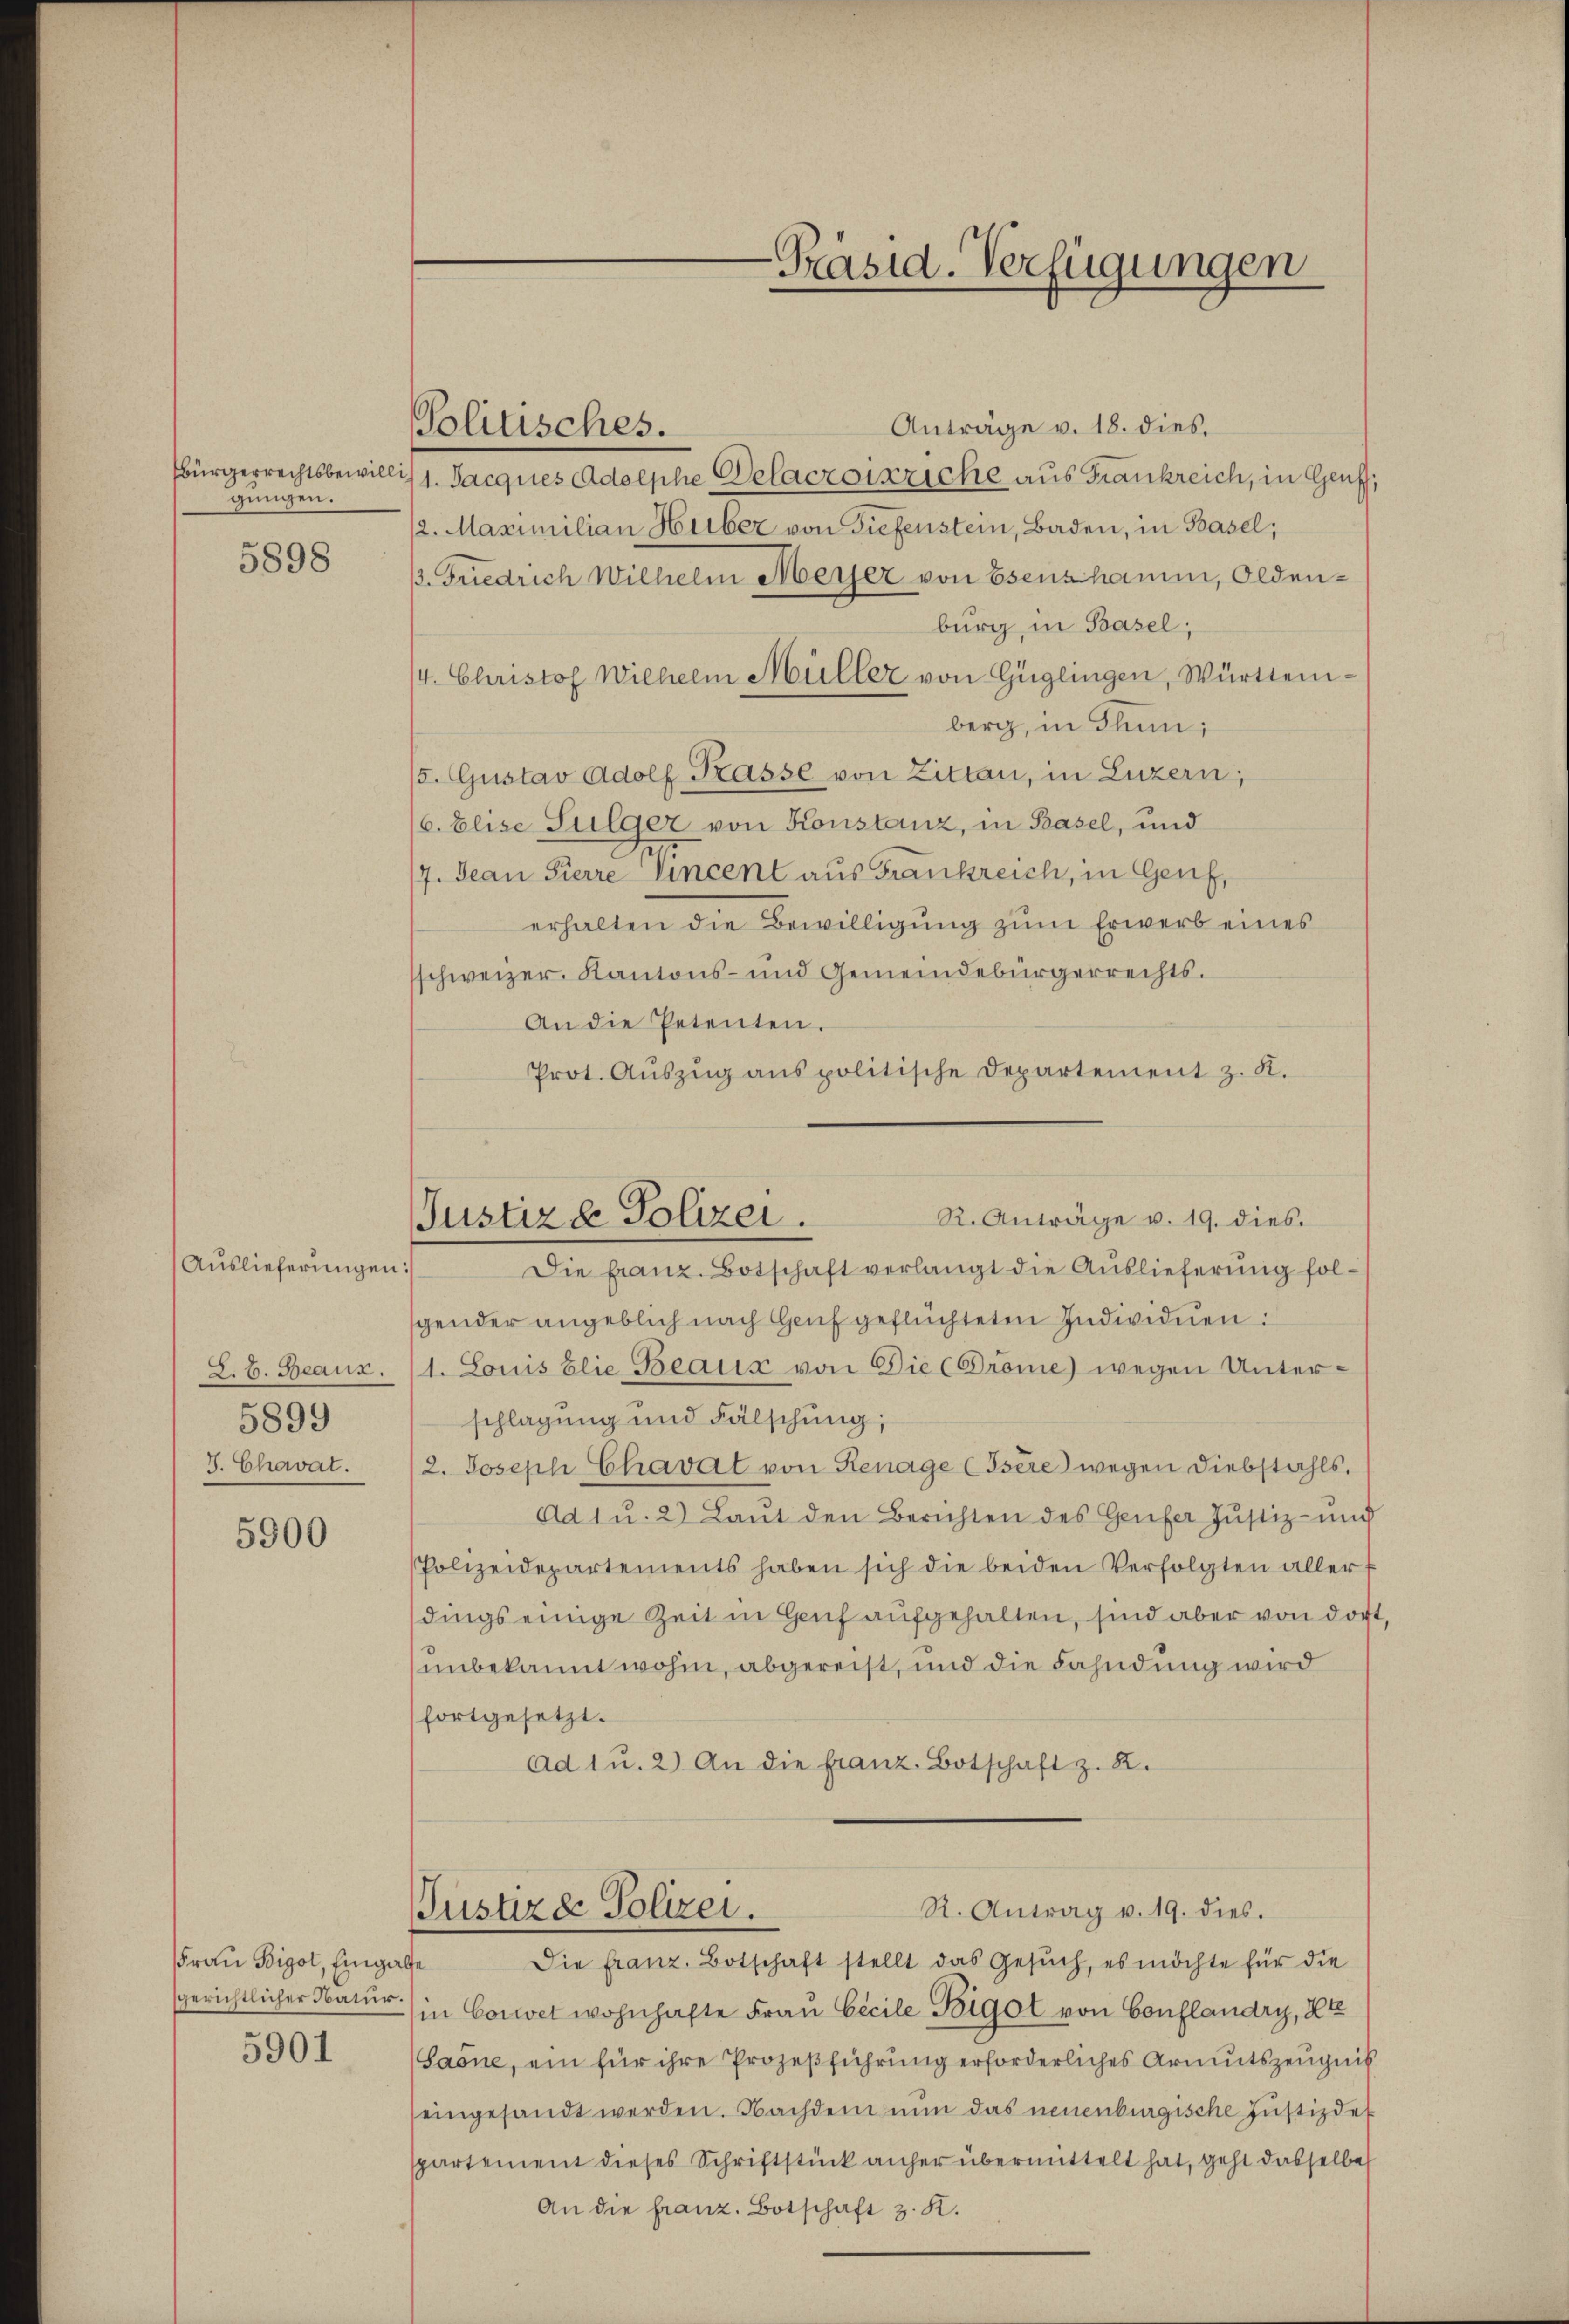
Bürgerrechtsbewilligungen.

5898

Auslieferungen:
Z. B. Beaux.
5899
J. Chavat.

5900

5901

Politisches.

-Präsid. Verfügungen

Anträge v. 18. dies
/1. Jacques Adolphe Delacroisriche aus Frankreich, in Genf,
/2. Maximilian Huber von Tiefenstein, Baden, in Basel,
B. Friedrich Wilhelm Meyer von Esenzhamm, Oldenburg, in Basel,
/4. Christof Wilhelm Müller von Güglingen, Württemberg, in Thun;
/5. Gustav Adolf Kasse von Zittan, in Luzern,
/6. Elise Sulger von Konstanz, in Basel, und
17. Jean Pierre Vincent aus Frankreich, in Genf,
erhalten die Bewilligung zum Erwerb eines
sschweizer. Kantons- und Gemeindebürgerrechts¬
An die Petenten.
Prot. Aŭszŭg anspolitische Departement z. K.
R. Anträge v. 19. dies
Justiz & Polizei.
Die Franz. Botschaft verlangt die Auslieferung folsgender angeblich nach Genf geflüchteten Individuen:
1. Louis blie Beaus von Die Prome) wegen Unterschlagung und Fälschung;
/2. Joseph Chavat von Renage (Isére wegen Diebstahls.
Ad 1 u. 2) Laut den Berichten des Genfer Justiz - mich
Polizeidepartements haben sich die beiden Verfolgten aller f
dings einige Zeit in Genf aufgehalten, sind aber von dort
unbekannt wohin, abgereist, und die Fahndung wird
fortgesetzt.
ad 1 u. 2) An die Franz. Botschaft z. B.

R. Antrag v. 19. dies.
Justizde Polizei.

Fraŭ Bigol, Eingabe die franz. Botschaft stellt das Gesŭch, es möchte für die
sgerichtlicher Natur in Convet wohnhafte Frau Cicile Bigot von Conflandry, Her
(Saone, ein für ihre Prozeßführung erforderliches Armutszeugnis
eingesandt werden. Nachdem nun das neuenburgische Justizde
spartement dieses Schriftstück anher übermittelt hat, geht dasselbe
An die franz. Botschaft z. K.